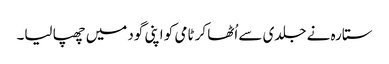
ستارہ نے جلدی سے اُٹھا کر ٹامی کو اپنی گود میں چھپا لیا۔